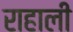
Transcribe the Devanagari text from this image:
राहाली